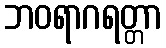
ဘဝရာဂရတ္တာ